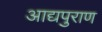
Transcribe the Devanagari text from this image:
आद्यपुराण